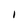
Character: I